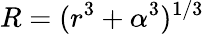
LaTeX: R=(r^{3}+\alpha^{3})^{1/3}